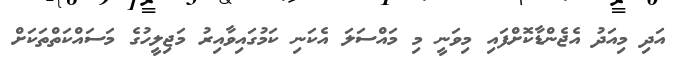
އަދި މިއަދު އެޖެންޑާކޮށްފައި މިވަނީ މި މައްސަލަ އެކަނި ކަމުގައިވާއިރު މަޖިލީހުގެ މަސައްކަތްތަކަށް